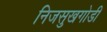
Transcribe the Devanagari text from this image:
निजसुखगोडी